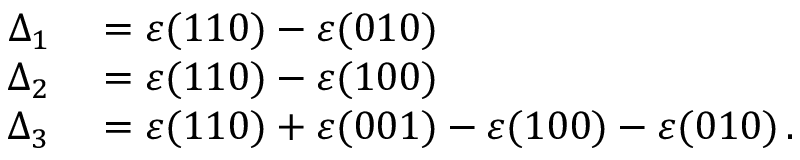
\begin{array} { r l } { \Delta _ { 1 } } & { { } = \varepsilon ( 1 1 0 ) - \varepsilon ( 0 1 0 ) } \\ { \Delta _ { 2 } } & { { } = \varepsilon ( 1 1 0 ) - \varepsilon ( 1 0 0 ) } \\ { \Delta _ { 3 } } & { { } = \varepsilon ( 1 1 0 ) + \varepsilon ( 0 0 1 ) - \varepsilon ( 1 0 0 ) - \varepsilon ( 0 1 0 ) \, . } \end{array}